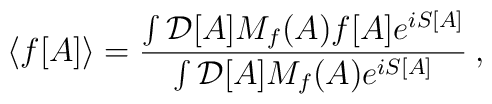
\langle f[A] \rangle = \frac{\int {\cal D}[A] M_f(A)f[A] e^{iS[A]}}{\int {\cal D}[A] M_f(A) e^{iS[A]}} \> ,